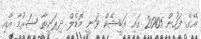
އޭގެ ފަހުން 2005 ގައި އަބީޝެކް ވަނީ މޮޑެލް ދިޕަނީތާ ޝަރުމާ އާއި